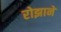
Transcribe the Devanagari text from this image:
रोझाने